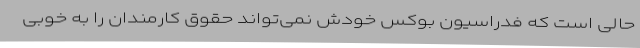
حالی است که فدراسیون بوکس خودش نمی‌تواند حقوق کارمندان را به خوبی